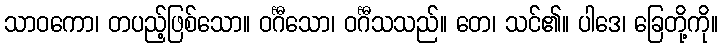
သာဝကော၊ တပည့်ဖြစ်သော။ ဝင်္ဂီသော၊ ဝင်္ဂီသသည်။ တေ၊ သင်၏။ ပါဒေ၊ ခြေတို့ကို။